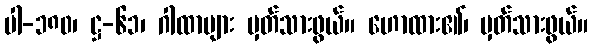
ပါ-၁၈၀၊ ဋ္ဌ-၆၁၊ ဂါထာများ မှတ်သားဖွယ်။ ဟောထား၏၊ မှတ်သားဖွယ်။